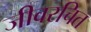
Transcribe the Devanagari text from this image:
जीवरचित